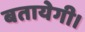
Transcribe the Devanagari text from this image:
बतायेगी।